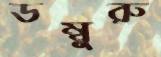
ডম্বুরু